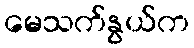
မေသက်နွယ်က